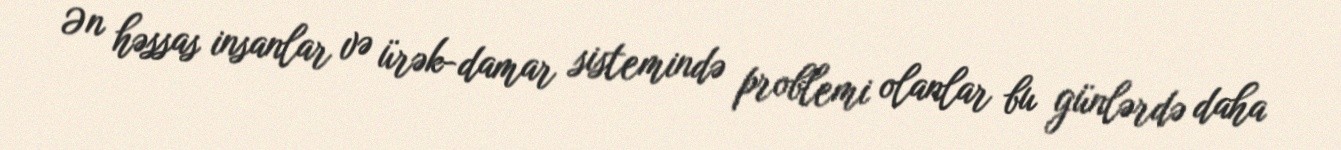
Ən həssas insanlar və ürək-damar sistemində problemi olanlar bu günlərdə daha